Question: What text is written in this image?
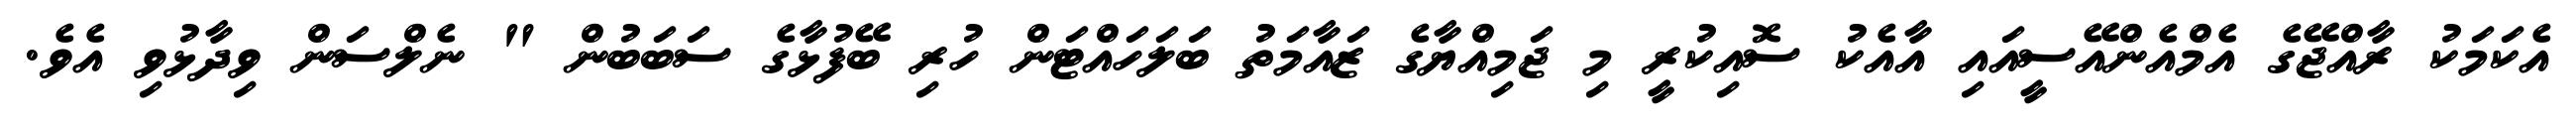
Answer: އެކަމަކު ރާއްޖޭގެ އެމްއެންއޭސީއައި އާއެކު ސޮއިކުރީ މި ޖަމިއްޔާގެ ޒައާމަތު ބަލަހައްޓަން ހުރި ބޭފުޅާގެ ސަބަބުން " ނެލްސަން ވިދާޅުވި އެވެ.